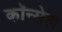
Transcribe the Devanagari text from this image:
कॉन्सेल